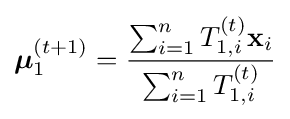
{\boldsymbol {\mu }}_{1}^{(t+1)}={\frac {\sum _{i=1}^{n}T_{1,i}^{(t)}\mathbf {x} _{i}}{\sum _{i=1}^{n}T_{1,i}^{(t)}}}